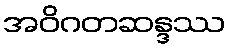
အဝိဂတဆန္ဒဿ